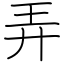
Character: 弄